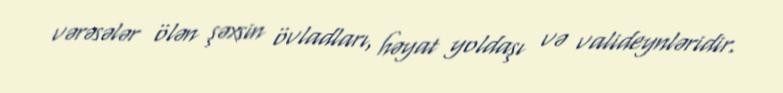
vərəsələr ölən şəxsin övladları, həyat yoldaşı və valideynləridir.